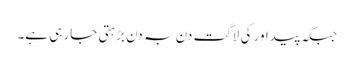
جبکہ پیداور کی لاگت دن بہ دن بڑہتی جا رہی ہے۔